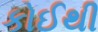
કોઈથી